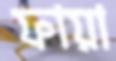
ফায়া